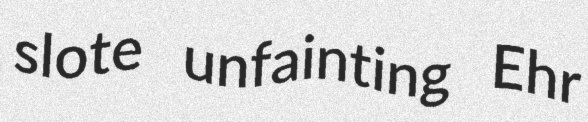
slote unfainting Ehr